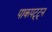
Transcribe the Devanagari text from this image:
पाकपट्ट्न